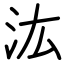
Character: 汯